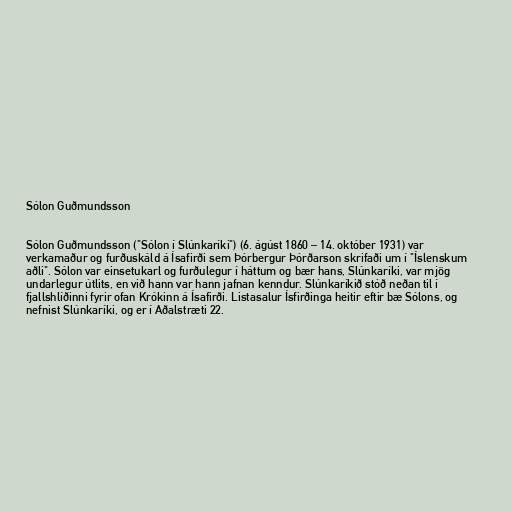
Sólon Guðmundsson

Sólon Guðmundsson ("Sólon í Slúnkaríki") (6. ágúst 1860 – 14. október 1931) var
verkamaður og furðuskáld á Ísafirði sem Þórbergur Þórðarson skrifaði um í "Íslenskum
aðli". Sólon var einsetukarl og furðulegur í háttum og bær hans, Slúnkaríki, var mjög
undarlegur útlits, en við hann var hann jafnan kenndur. Slúnkaríkið stóð neðan til í
fjallshlíðinni fyrir ofan Krókinn á Ísafirði. Listasalur Ísfirðinga heitir eftir bæ Sólons, og
nefnist Slúnkaríki, og er í Aðalstræti 22.